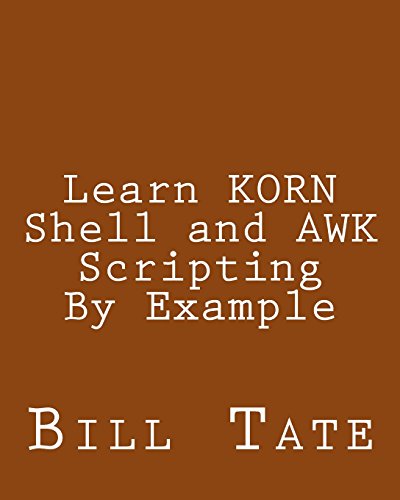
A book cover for Learn KORN Shell and AWK Scripting By Example: A Cookbook of Advanced Scripts For Unix and Linux Environments; Bill Tate; Computers & Technology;